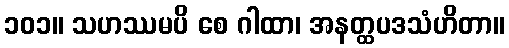
၁၀၁။ သဟဿမပိ စေ ဂါထာ၊ အနတ္ထပဒသံဟိတာ။